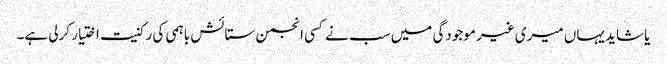
یا شاید یہاں میری غیر موجودگی میں سب نے کسی انجمن ستائش باہمی کی رکنیت اختیار کرلی ہے۔